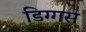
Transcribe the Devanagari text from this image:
डिग्गस